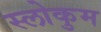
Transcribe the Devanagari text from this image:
स्लोकुम